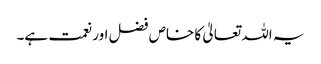
یہ اللہ تعالیٰ کا خاص فضل اور نعمت ہے۔